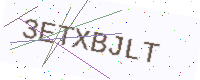
Text: 3ETXBJLT